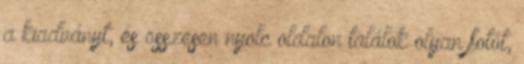
a kiadványt, és összesen nyolc oldalon találok olyan fotót,